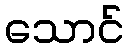
သောင်